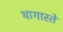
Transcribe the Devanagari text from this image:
थागास्ते